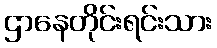
ဌာနေတိုင်းရင်းသား